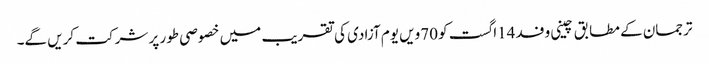
ترجمان کے مطابق چینی وفد 14اگست کو 70ویں یوم آزادی کی تقریب میں خصوصی طور پر شرکت کریں گے۔